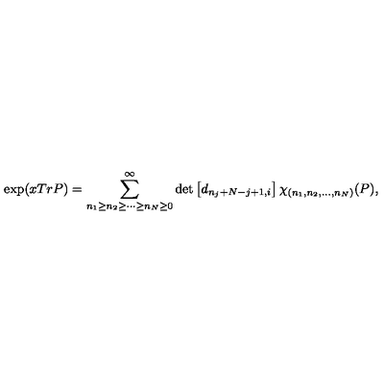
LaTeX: \exp ( x T r P ) = \sum _ { n _ { 1 } \geq n _ { 2 } \geq \cdots \geq n _ { N } \geq 0 } ^ { \infty } \det \left[ d _ { n _ { j } + N - j + 1 , i } \right] \chi _ { ( n _ { 1 } , n _ { 2 } , \ldots , n _ { N } ) } ( P ) ,